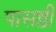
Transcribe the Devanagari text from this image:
पासष्ठी